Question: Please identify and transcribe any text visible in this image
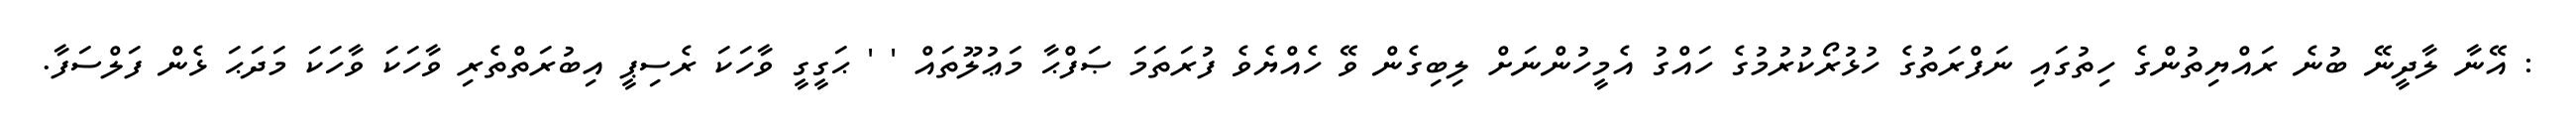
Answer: : އޭނާ ލާދީނޭ ބުނެ ރައްޔިތުންގެ ހިތުގައި ނަފްރަތުގެ ހުޅުރޯކުރުމުގެ ހައްގު އެމީހުންނަށް ލިބިގެން ވޭ ހެއްޔެވެ ފުރަތަމަ ޞަފްޙާ މަޢުލޫތައް ' ' ޙަގީގީ ވާހަކަ ރެސިޕީ އިބުރަތްތެރި ވާހަކަ ވާހަކަ މަދަޙަ ޅެން ފަލްސަފާ.